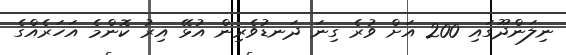
ނިލަންދޫގައި 200 އަށް ވުރެ ގިނަ ދަނޑުވެރިން އުޅޭ އިރު ކޮންމެ އަހަރެއްގެ